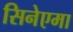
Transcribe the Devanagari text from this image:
सिनेएमा